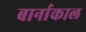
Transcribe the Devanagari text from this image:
बार्नाकाल